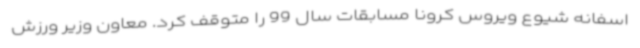
اسفانه شیوع ویروس کرونا مسابقات سال 99 را متوقف کرد. معاون وزیر ورزش